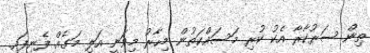
ތިން ސަރުކާރާ އެކު ކުރި މަސައްކަތުން މިހާރު މިވަނީ އަލި މަގެއް ފެނިފައި.